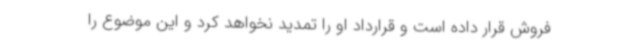
فروش قرار داده است و قرارداد او را تمدید نخواهد کرد و این موضوع را